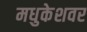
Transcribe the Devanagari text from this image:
मधुकेशवर